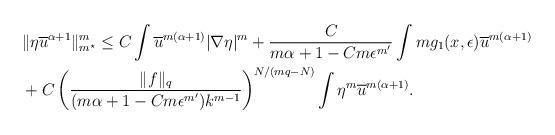
LaTeX: \begin{align*} &\|\eta\overline{u}^{\alpha+1}\|_{m^\star}^m\le C\int\overline{u}^{m(\alpha+1)}|\nabla \eta|^m+\frac{C}{m\alpha+1-Cm\epsilon^{m'}}\int mg_1(x,\epsilon)\overline{u}^{m(\alpha+1)} \\ & +C\left(\frac{\|f\|_q}{(m\alpha+1-Cm\epsilon^{m'})k^{m-1}}\right)^{N/(mq-N)}\int \eta^m\overline{u}^{m(\alpha+1)}.\end{align*}